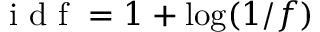
\mathrm { ~ i ~ d ~ f ~ } = 1 + \log ( 1 / f )